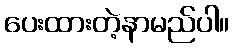
ပေးထားတဲ့နာမည်ပါ။